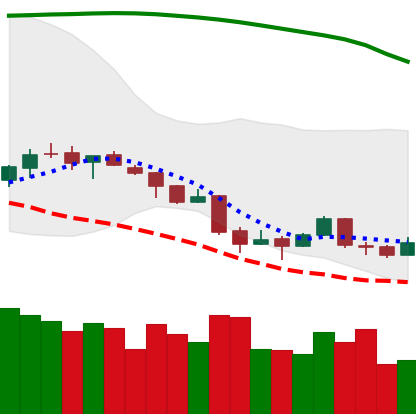
Ticker: BTC-USD
Chart end date: 2018-04-07
Forward return: 14.153%
Label: up_7plus